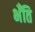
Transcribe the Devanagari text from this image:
भँति